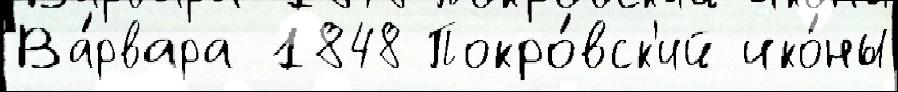
Ва́рвара 1848 Покро́вск'ий ико́ны